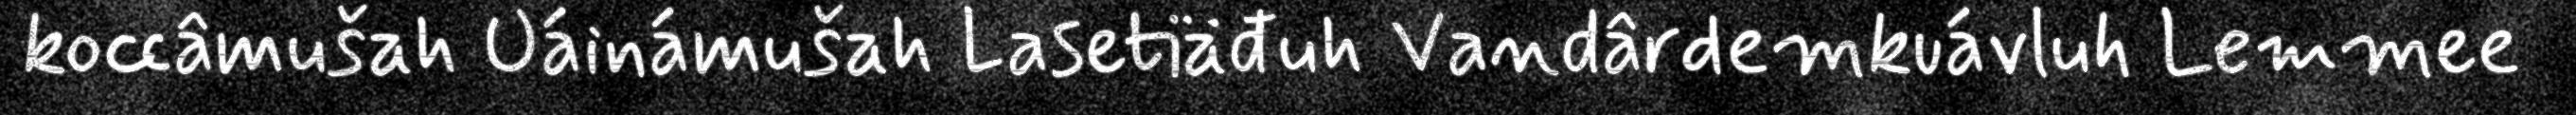
koccâmušah Uáinámušah Lasetiäđuh Vandârdemkuávluh Lemmee